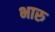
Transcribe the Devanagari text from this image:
भारु